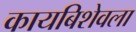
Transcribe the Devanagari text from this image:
कायबिशेवला